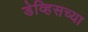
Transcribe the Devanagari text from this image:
डेव्हिसच्या